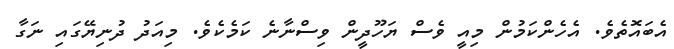
އެބައޮތެވެ. އެހެންކަމުން މިއީ ވެސް ޔަހޫދީން ވިސްނާނެ ކަމެކެވެ. މިއަދު ދުނިޔޭގައި ނަގާ